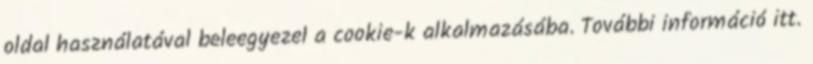
oldal használatával beleegyezel a cookie-k alkalmazásába. További információ itt.